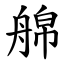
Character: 艊